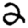
Digit: 2